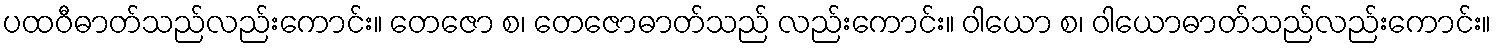
ပထဝီဓာတ်သည်လည်းကောင်း။ တေဇော စ၊ တေဇောဓာတ်သည် လည်းကောင်း။ ဝါယော စ၊ ဝါယောဓာတ်သည်လည်းကောင်း။